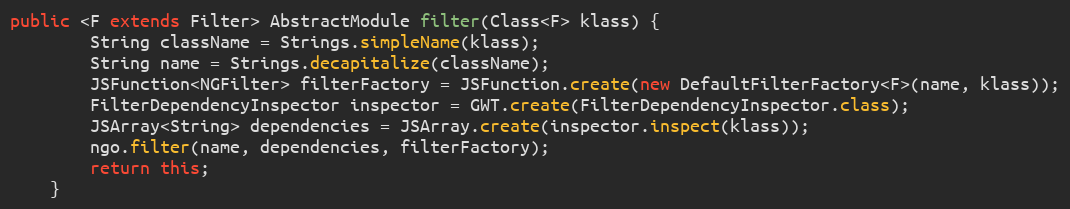
Language: Java
public <F extends Filter> AbstractModule filter(Class<F> klass) {
        String className = Strings.simpleName(klass);
        String name = Strings.decapitalize(className);
        JSFunction<NGFilter> filterFactory = JSFunction.create(new DefaultFilterFactory<F>(name, klass));
        FilterDependencyInspector inspector = GWT.create(FilterDependencyInspector.class);
        JSArray<String> dependencies = JSArray.create(inspector.inspect(klass));
        ngo.filter(name, dependencies, filterFactory);
        return this;
    }